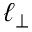
\ell _ { \perp }